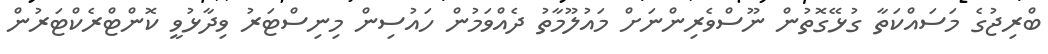
ބްރިޖުގެ މަސައްކަތާ ގުޅޭގޮތުން ނޫސްވެރިންނަށް މައުލޫމާތު ދެއްވަމުން ހައުސިން މިނިސްޓަރު ވިދާޅުވީ ކޮންޓްރެކްޓަރުން